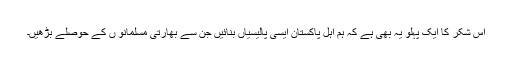
اس شکر کا ایک پہلو یہ بھی ہے کہ ہم اہلِ پاکستان ایسی پالیسیاں بنائیں جن سے بھارتی مسلمانو ں کے حوصلے بڑھیں۔